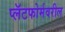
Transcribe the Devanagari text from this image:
प्लॅटफोर्मवरील